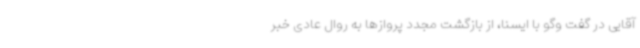
آقایی در گفت وگو با ایسنا، از بازگشت مجدد پروازها به روال عادی خبر